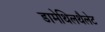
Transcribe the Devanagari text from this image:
डामेथिलथैलेट